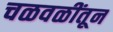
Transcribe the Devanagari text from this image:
चळवळींतून